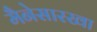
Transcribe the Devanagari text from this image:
मैनेसारखा